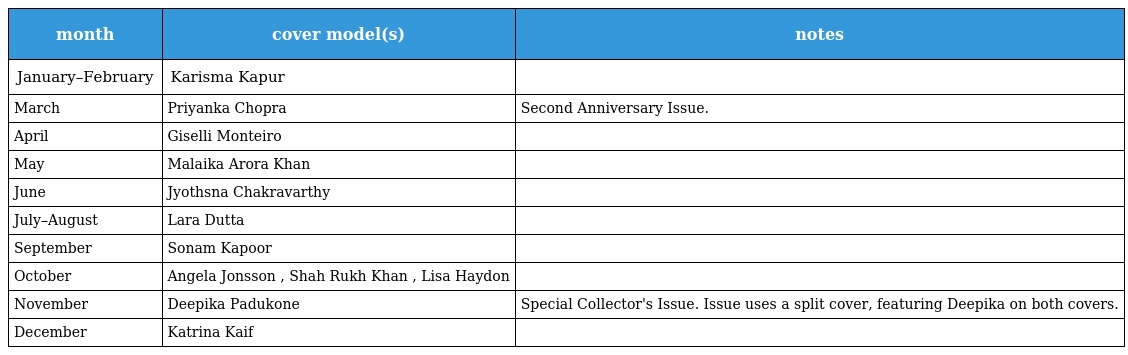
| month | cover model(s) | notes |
 | --- | --- | --- |
 | January–February | Karisma Kapur |  |
 | March | Priyanka Chopra | Second Anniversary Issue. |
 | April | Giselli Monteiro |  |
 | May | Malaika Arora Khan |  |
 | June | Jyothsna Chakravarthy |  |
 | July–August | Lara Dutta |  |
 | September | Sonam Kapoor |  |
 | October | Angela Jonsson , Shah Rukh Khan , Lisa Haydon |  |
 | November | Deepika Padukone | Special Collector's Issue. Issue uses a split cover, featuring Deepika on both covers. |
 | December | Katrina Kaif |  |